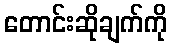
တောင်းဆိုချက်ကို